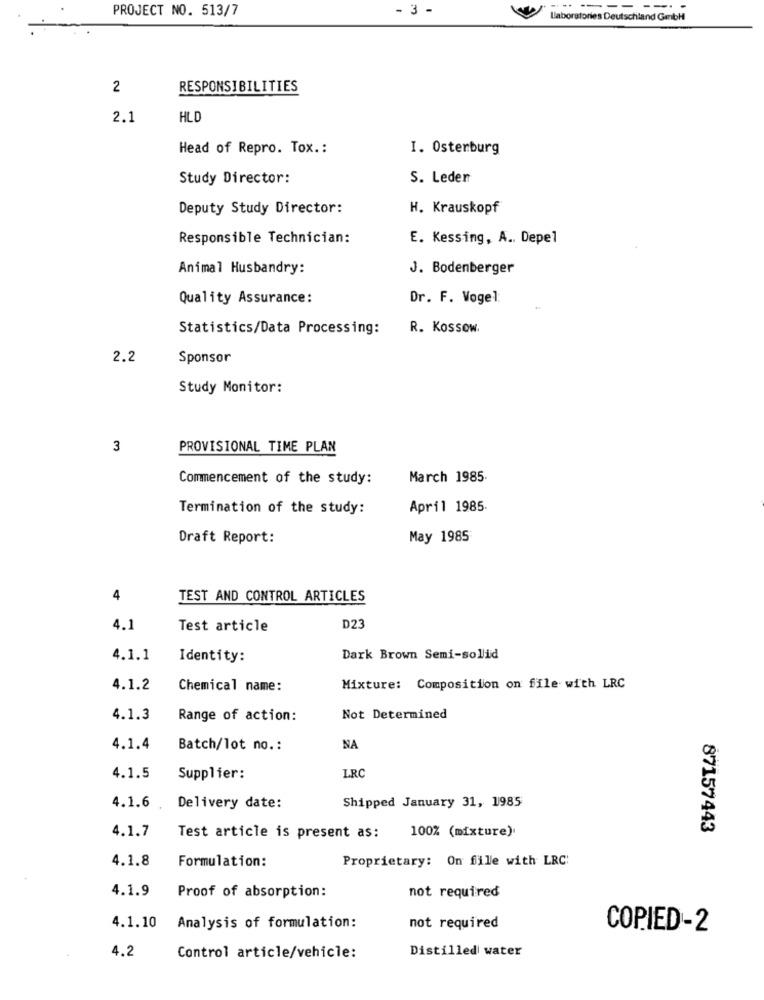
PROJECT NO. 513/7
- 3 -
-- ------
Laboratories Deutschland Gmbh
2
RESPONSIBILITIES
2.1
HLD
Head of Repro. Tox .:
I. Osterburg
Study Director:
S. Leder
Deputy Study Director:
H. Krauskopf
Responsible Technician:
E. Kessing, A .. Depel
Animal Husbandry:
J. Bodenberger
Quality Assurance:
Dr. F. Vogel:
Statistics/Data Processing:
R. Kossow.
2.2
Sponsor
Study Monitor:
3
PROVISIONAL TIME PLAN
Commencement of the study:
March 1985-
Termination of the study:
April 1985.
Draft Report:
May 1985
4
TEST AND CONTROL ARTICLES
4.1
Test article
D23
4.1.1
Identity:
Dark Brown Semi-sollid
4.1.2
Chemical name:
Mixture: Composition on file with LRC
4.1.3
Range of action:
Not Determined
4.1.4
Batch/lot no .:
NA
4.1.5
Supplier:
LRC
4.1.6
Delivery date:
Shipped January 31, 1985
4.1.7
100% (mixture).
87157443
Test article is present as:
4.1.8
Formulation:
Proprietary: On file with LRC:
4.1.9
Proof of absorption:
not required
4.1.10
Analysis of formulation:
not required
COPIED-2
4.2
Distilled water
Control article/vehicle: